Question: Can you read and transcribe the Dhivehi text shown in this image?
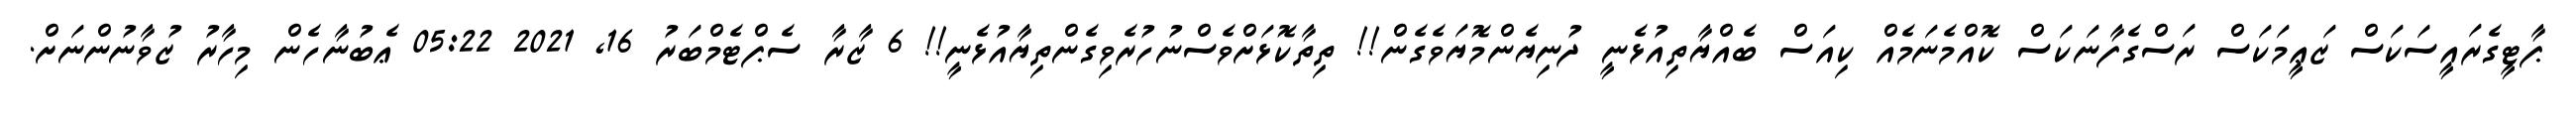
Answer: ޕާޓީގެރައީސަކަސް ޒަޢީމަކަސް ރަސްގެފާނަކަސް ކޮއްމެނަމެއް ކިއަސް ބެއްޔާތިއުޅެނީ ދުނިޔެންމޮޔަވެގެން!! ތިތާކޮޅަށްވެސްނުހުރެވިގެންތިޔާއުޅެނީ!! 6 ޒާރާ ސެޕްޓެމްބަރު 16, 2021 05:22 ޢެބުނާހެން މިހާރު ޒުވާނުންނަށް.